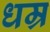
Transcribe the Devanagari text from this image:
धम्र